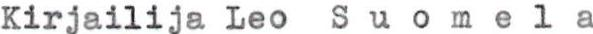
Kirjailija Leo Suomela